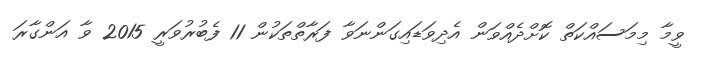
ވީމާ މިމަސައްކަތް ކޮށްދެއްވަން އެދިވަޑައިގަންނަވާ ފަރާތްތަކުން 11 ފެބުރުވަރީ 2015 ވާ އަންގާރަ